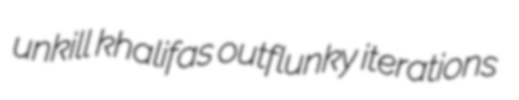
unkill khalifas outflunky iterations